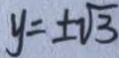
y = \pm \sqrt { 3 }